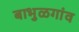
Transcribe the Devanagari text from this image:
बाभुळगांव